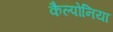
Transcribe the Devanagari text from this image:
कैल्पोनिया